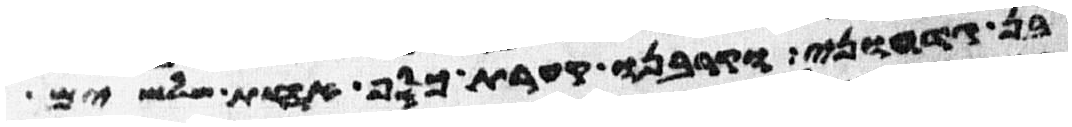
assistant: בן גדעוני וקרבנו קערת כסף אחת שלשים